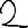
Digit: 2